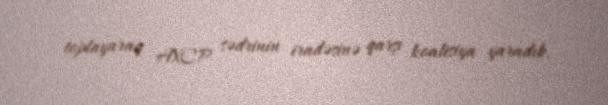
toplayaraq AXCP sədrinin iradəsinə qarşı koalisiya yaradıb.